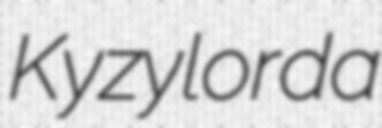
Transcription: Kyzylorda